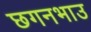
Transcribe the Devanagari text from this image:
छगनभाउ